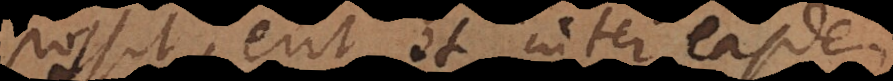
possit, erit et inter easdem